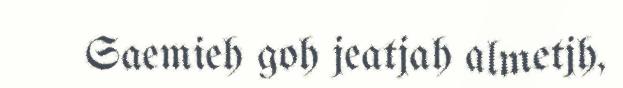
Saemieh goh jeatjah almetjh,